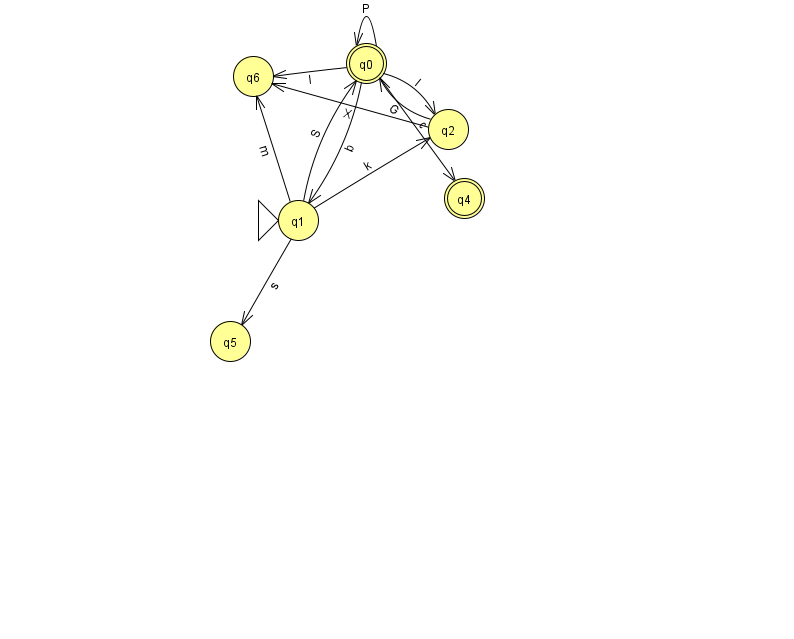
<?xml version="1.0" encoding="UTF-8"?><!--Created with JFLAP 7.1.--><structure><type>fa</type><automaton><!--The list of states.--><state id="0" name="q0"><x>366.0</x><y>50.0</y><final/></state><state id="1" name="q1"><x>298.0</x><y>207.0</y><initial/></state><state id="2" name="q2"><x>448.0</x><y>116.0</y></state><state id="4" name="q4"><x>464.0</x><y>185.0</y><final/></state><state id="5" name="q5"><x>230.0</x><y>328.0</y></state><state id="6" name="q6"><x>253.0</x><y>63.0</y></state><!--The list of transitions.--><transition><from>0</from><to>0</to><read>P</read></transition><transition><from>1</from><to>6</to><read>m</read></transition><transition><from>1</from><to>2</to><read>k</read></transition><transition><from>0</from><to>2</to><read>I</read></transition><transition><from>0</from><to>6</to><read>l</read></transition><transition><from>1</from><to>0</to><read>S</read></transition><transition><from>0</from><to>1</to><read>b</read></transition><transition><from>2</from><to>0</to><read>G</read></transition><transition><from>0</from><to>4</to><read>c</read></transition><transition><from>2</from><to>6</to><read>X</read></transition><transition><from>1</from><to>5</to><read>s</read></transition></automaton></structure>